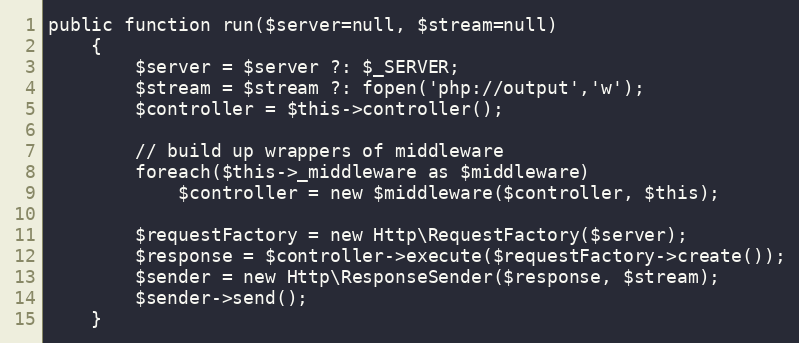
Language: PHP
public function run($server=null, $stream=null)
	{
		$server = $server ?: $_SERVER;
		$stream = $stream ?: fopen('php://output','w');
		$controller = $this->controller();

		// build up wrappers of middleware
		foreach($this->_middleware as $middleware)
			$controller = new $middleware($controller, $this);

		$requestFactory = new Http\RequestFactory($server);
		$response = $controller->execute($requestFactory->create());
		$sender = new Http\ResponseSender($response, $stream);
		$sender->send();
	}